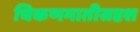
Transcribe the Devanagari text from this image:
चिकणमातीसदृश